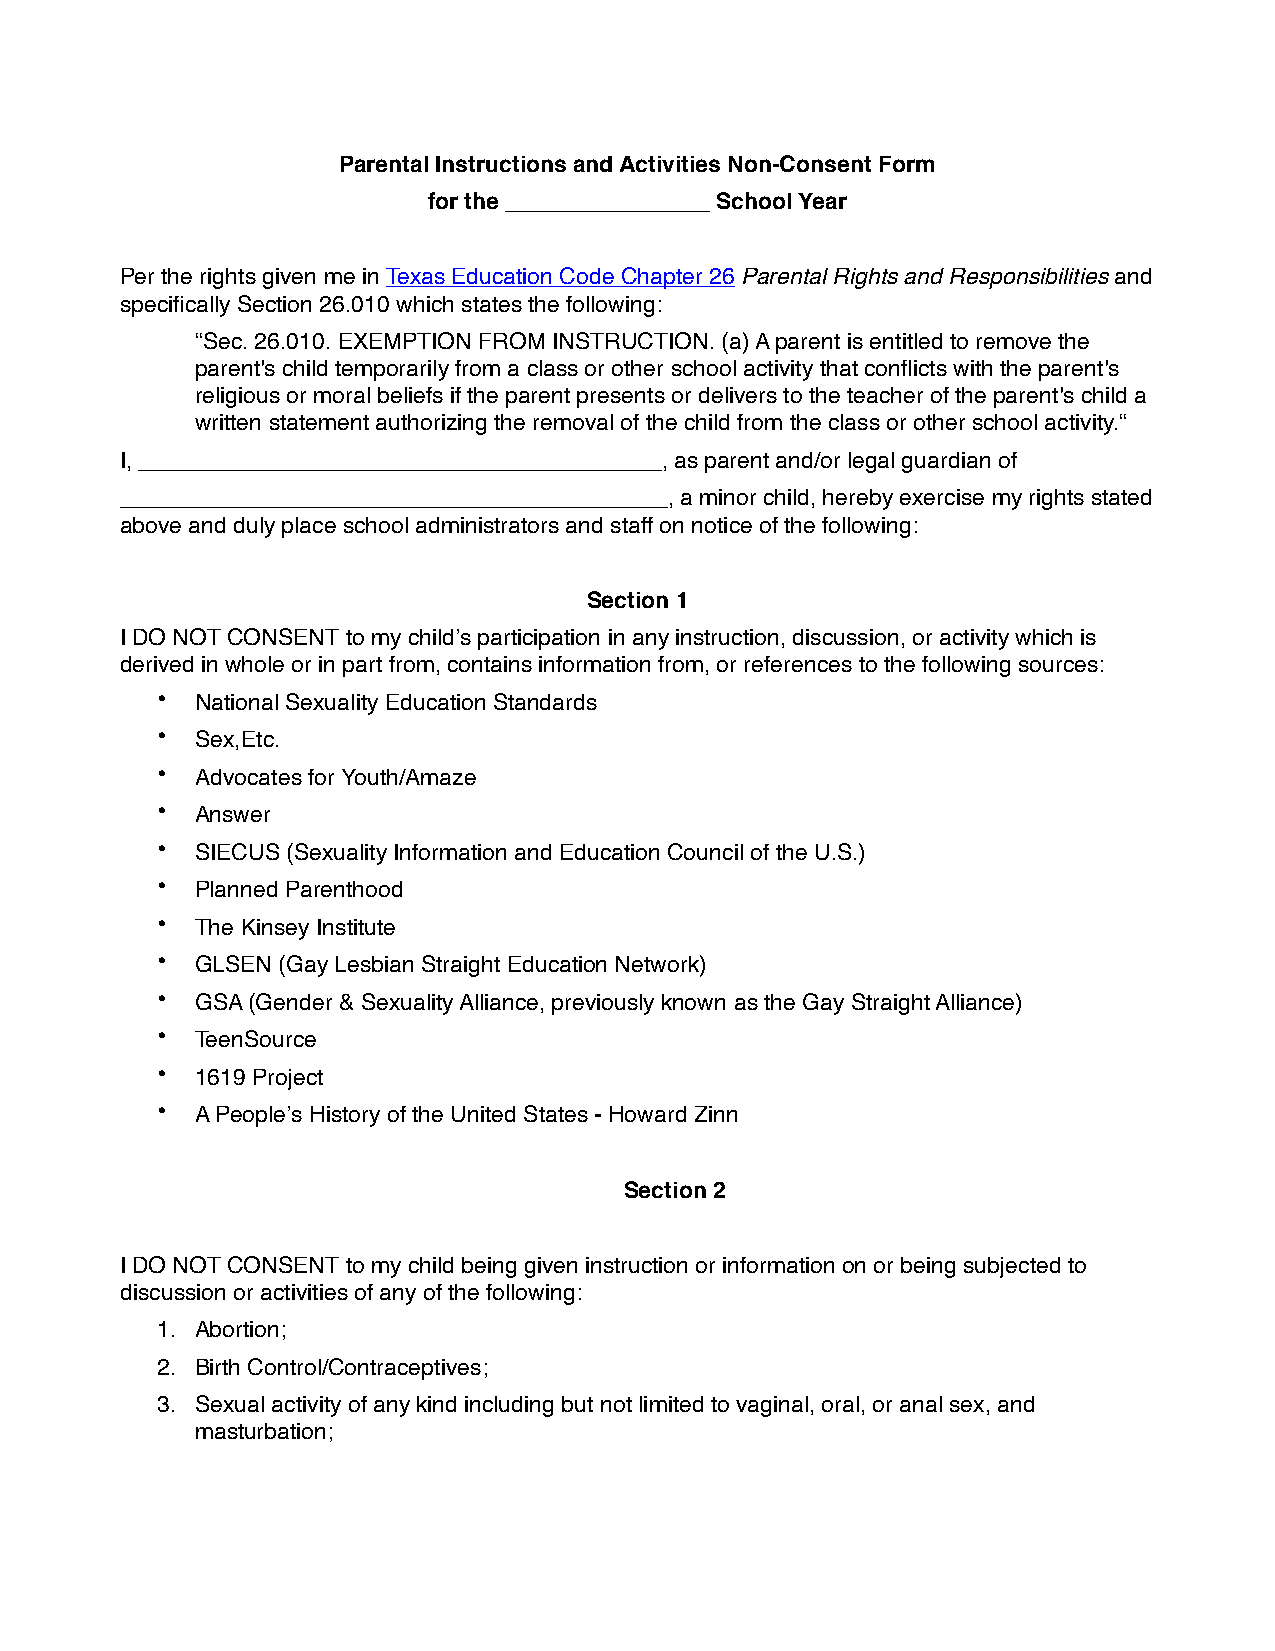
Parental Instructions and Activities Non-Consent Form
 for the ________________ School Year
 Per the rights given me in Texas Education Code Chapter 26 Parental Rights and Responsibilities and
 specifically Section 26.010 which states the following:
 “Sec. 26.010. EXEMPTION FROM INSTRUCTION. (a) A parent is entitled to remove the
 parent's child temporarily from a class or other school activity that conflicts with the parent's
 religious or moral beliefs if the parent presents or delivers to the teacher of the parent's child a
 written statement authorizing the removal of the child from the class or other school activity.“
 I, _________________________________________, as parent and/or legal guardian of
 ___________________________________________, a minor child, hereby exercise my rights stated
 above and duly place school administrators and staff on notice of the following:
 Section 1
 I DO NOT CONSENT to my child’s participation in any instruction, discussion, or activity which is
 derived in whole or in part from, contains information from, or references to the following sources:
 •  National Sexuality Education Standards
 •  Sex,Etc.
 •  Advocates for Youth/Amaze
 •  Answer
 •  SIECUS (Sexuality Information and Education Council of the U.S.)
 •  Planned Parenthood
 •  The Kinsey Institute
 •  GLSEN (Gay Lesbian Straight Education Network)
 •  GSA (Gender & Sexuality Alliance, previously known as the Gay Straight Alliance)
 •  TeenSource
 •  1619 Project
 •  A People’s History of the United States - Howard Zinn
 Section 2
 I DO NOT CONSENT to my child being given instruction or information on or being subjected to
 discussion or activities of any of the following:
 1. Abortion;
 2. Birth Control/Contraceptives;
 3. Sexual activity of any kind including but not limited to vaginal, oral, or anal sex, and
 masturbation;